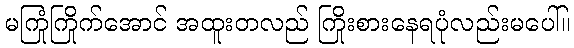
မကြုံကြိုက်အောင် အထူးတလည် ကြိုးစားနေရပုံလည်းမပေါ်။